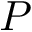
P